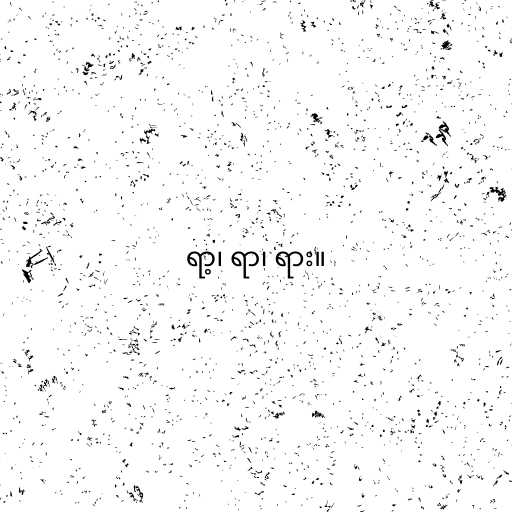
ရာ့၊ ရာ၊ ရား။